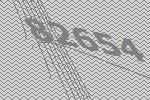
82654